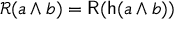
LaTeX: { \mathcal { R } } ( a \wedge b ) = { \mathsf { R } } ( { \mathsf { h } } ( a \wedge b ) )